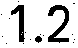
1.2